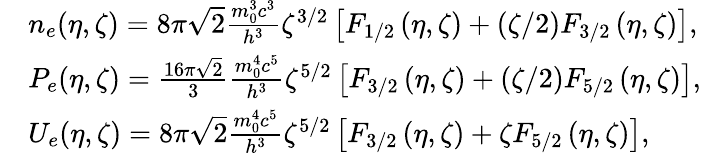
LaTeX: \begin{array}{rl}&{n_{e}(\eta,\zeta)=8\pi\sqrt 2\frac{{m_{0}^{3}{c^{3}}}}{{{h^{3}}}}{\zeta^{3/2}}\left[{{F_{1/2}}\left({\eta,\zeta}\right)+\left({\zeta/2}\right){F_{3/2}}\left({\eta,\zeta}\right)}\right],}\\ &{P_{e}(\eta,\zeta)=\frac{{16\pi\sqrt 2}}{3}\frac{{m_{0}^{4}{c^{5}}}}{{{h^{3}}}}{\zeta^{5/2}}\left[{{F_{3/2}}\left({\eta,\zeta}\right)+\left({\zeta/2}\right){F_{5/2}}\left({\eta,\zeta}\right)}\right],}\\ &{{U_{e}}(\eta,\zeta)=8\pi\sqrt 2\frac{{m_{0}^{4}{c^{5}}}}{{{h^{3}}}}{\zeta^{5/2}}\left[{{F_{3/2}}\left({\eta,\zeta}\right)+\zeta{F_{5/2}}\left({\eta,\zeta}\right)}\right],}\end{array}